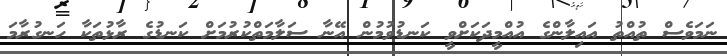
ނަމަވެސް ތުއްތު އައިލާންގެ އުއްމީދަކަށްވީ ކަނޑުވުމުން އޭނާ ސަލާމަތްކުރުމަށް ކަނޑުގެ ރާޅުތަކާ ހަނގުރާމަ